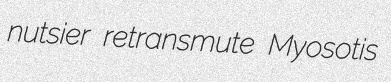
nutsier retransmute Myosotis